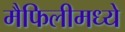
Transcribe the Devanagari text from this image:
मैफिलीमध्ये